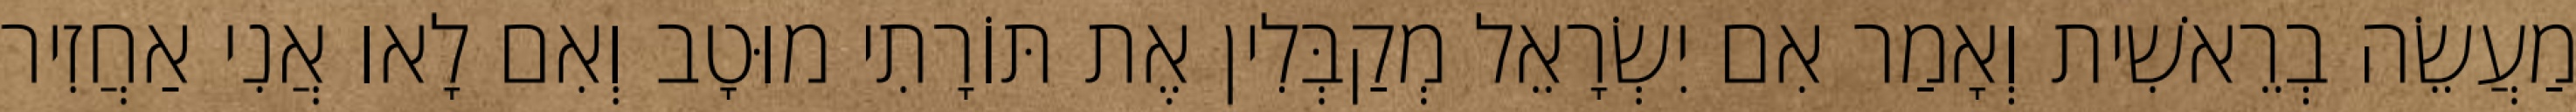
מַעֲשֵׂה בְרֵאשִׁית וְאָמַר אִם יִשְׂרָאֵל מְקַבְּלִין אֶת תּוֹרָתִי מוּטָב וְאִם לָאו אֲנִי אַחֲזִיר